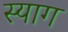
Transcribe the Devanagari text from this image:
स्याग